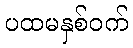
ပထမနှစ်ဝက်